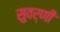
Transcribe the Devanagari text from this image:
सुवर्णी